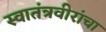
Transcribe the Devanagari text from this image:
स्वातंत्रवीरांचा